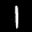
Digit: 1